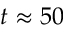
t \approx 5 0